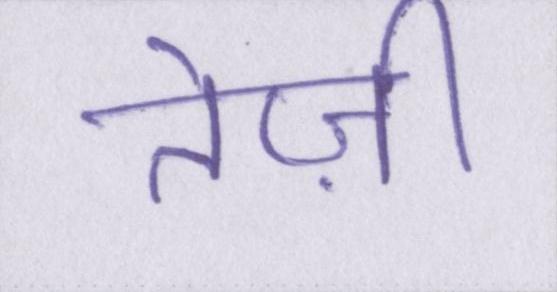
तेज़ी